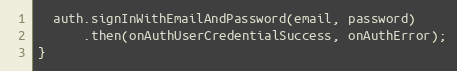
Language: JavaScript
  auth.signInWithEmailAndPassword(email, password)
      .then(onAuthUserCredentialSuccess, onAuthError);
}